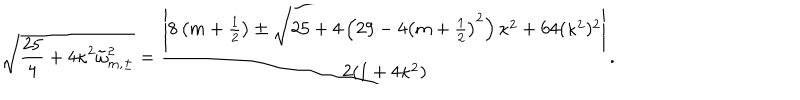
LaTeX: \sqrt { \frac { 2 5 } { 4 } + 4 \kappa ^ { 2 } \tilde { \omega } _ { m , \pm } ^ { 2 } } = \frac { \left| 8 \left( m + \frac 1 2 \right) \pm \sqrt { 2 5 + 4 \left( 2 9 - 4 \left( m + \frac 1 2 \right) ^ { 2 } \right) \kappa ^ { 2 } + 6 4 ( \kappa ^ { 2 } ) ^ { 2 } } \right| } { 2 ( 1 + 4 \kappa ^ { 2 } ) } .